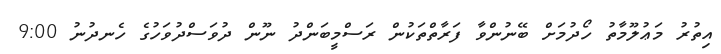
އިތުރު މަޢުލޫމާތު ހޯދުމަށް ބޭނުންވާ ފަރާތްތަކުން ރަސްމީބަންދު ނޫން ދުވަސްދުވަހުގެ ހެނދުނު 9:00